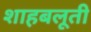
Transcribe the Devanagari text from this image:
शाहबलूती